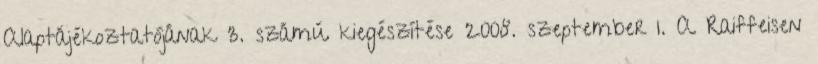
Alaptájékoztatójának 3. számú kiegészítése 2008. szeptember 1. A Raiffeisen